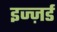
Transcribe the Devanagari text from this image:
इज्ज़र्ड